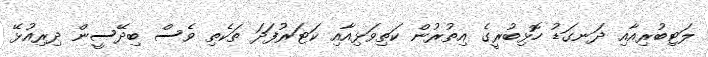
ލަޓިބުރިއާއި ދަނގަޑު ހޮޅިބުރީގެ އިތުރުން ކަތިވަޅިއާއި ކަޓަރުފަދަ ތަކެތި ވެސް ބިދޭސީން ދިރިއުޅޭ